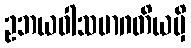
ဥဘယဝါသမာဂတိယမှိ